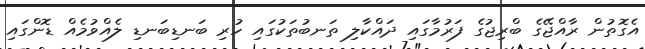
އެގޮތުން ރާއްޖޭގެ ބްރިޖުގެ ފަރުމާގައި ދައްކާލި ތަނބުތަކުގައި ހުރި ބަނޑިބަނޑި ލެއްވުމެއް ޑޮންގައި